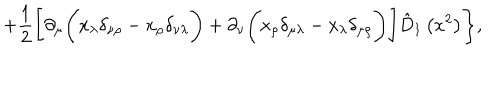
LaTeX: + \frac 1 2 \Biggl [ \partial _ { \mu } \Biggl ( x _ { \lambda } \delta _ { \nu \rho } - x _ { \rho } \delta _ { \nu \lambda } \Biggr ) + \partial _ { \nu } \Biggl ( x _ { \rho } \delta _ { \mu \lambda } - x _ { \lambda } \delta _ { \mu \rho } \Biggr ) \Biggr ] \hat { D } _ { 1 } \left( x ^ { 2 } \right) \Biggr \} ,